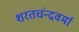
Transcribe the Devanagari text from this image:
शरतचंन्द्रवर्मा